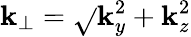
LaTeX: \mathbf{k}_{\perp}=\sqrt{}{{\mathbf{k}_{y}^{2}+\mathbf{k}_{z}^{2}}}